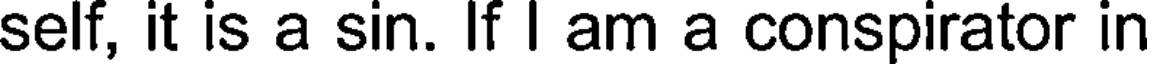
self, it is a sin. If I am a conspirator in